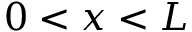
0 < x < L